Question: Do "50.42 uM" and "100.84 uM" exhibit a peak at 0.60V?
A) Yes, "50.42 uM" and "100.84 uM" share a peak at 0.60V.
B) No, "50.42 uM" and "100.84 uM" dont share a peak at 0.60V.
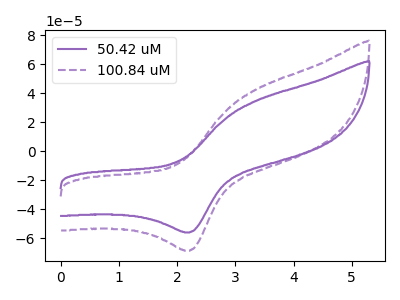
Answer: <think>The purple curve "50.42 uM" has an anodic peak at (3.35V, 34.55uA) and a cathodic peak at (2.20V, -56.00uA). The purple dashed curve "100.84 uM" has an anodic peak at (3.35V, 42.30uA) and a cathodic peak at (2.20V, -68.60uA).</think>
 <answer>B) No, "50.42 uM" and "100.84 uM" dont share a peak at 0.60V.</answer>
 <eval>B</eval>